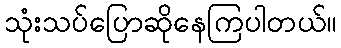
သုံးသပ်ပြောဆိုနေကြပါတယ်။